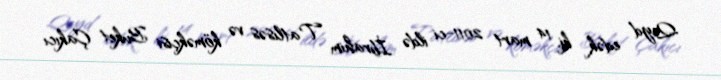
Qeyd edək ki, 14 mart 2011-ci ildə İbrahim Tatlısəs və köməkçisi Buket Çakıcı